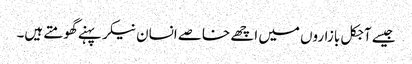
جیسے آجکل بازاروں میں اچھے خاصے انسان نیکر پہنے گھومتے ہیں۔